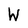
Character: W